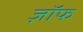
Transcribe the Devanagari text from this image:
ज़ॉफ